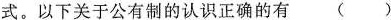
式。以下关于公有制的认识正确的有 ( )